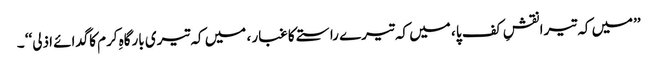
’’میں کہ تیرا نقشِ کف پا ، میں کہ تیرے راستے کا غبار ، میں کہ تیری بارگاہِ کرم کاگدائے اذلی‘‘ ۔